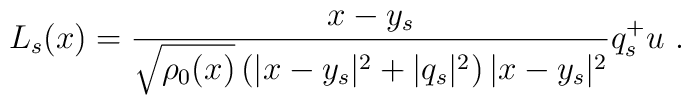
L_s(x)=\frac{x-y_s}{\sqrt{\rho_0 (x)}\left( |x-y_s|^2+|q_s|^2\right) |x-y_s|^2}q^+_s u~.